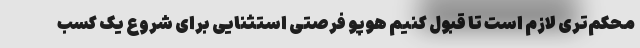
محکم‌تری لازم است تا قبول کنیم هوپو فرصتی استثنایی برای شروع یک کسب